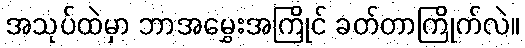
အသုပ်ထဲမှာ ဘာအမွှေးအကြိုင် ခတ်တာကြိုက်လဲ။